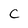
Character: C